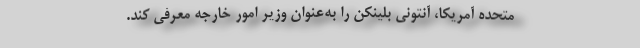
متحده آمریکا، آنتونی بلینکن را به‌عنوان وزیر امور خارجه معرفی کند.